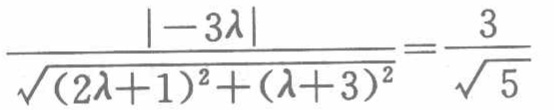
\(\frac{\vert - 3\lambda\vert}{\sqrt{(2\lambda + 1)^{2}+(\lambda + 3)^{2}}}=\frac{3}{\sqrt{5}}\)